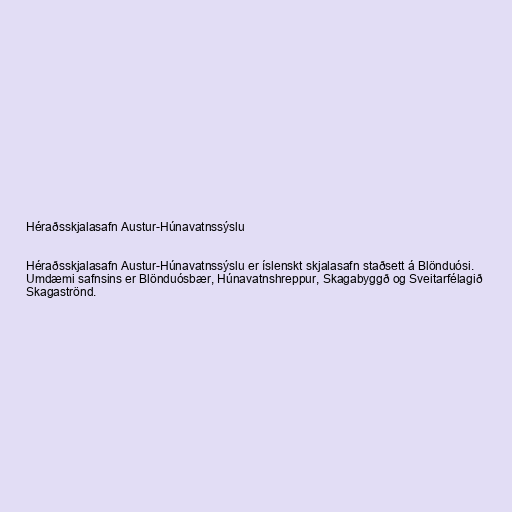
Héraðsskjalasafn Austur-Húnavatnssýslu

Héraðsskjalasafn Austur-Húnavatnssýslu er íslenskt skjalasafn staðsett á Blönduósi.
Umdæmi safnsins er Blönduósbær, Húnavatnshreppur, Skagabyggð og Sveitarfélagið
Skagaströnd.